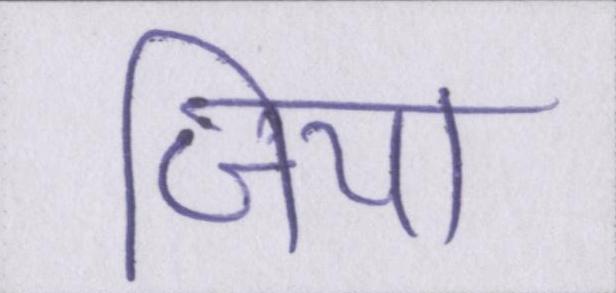
जिया